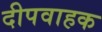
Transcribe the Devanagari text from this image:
दीपवाहक